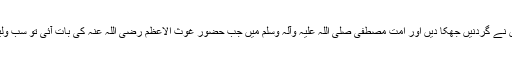
گویا نبوتِ مصطفیٰ صلی اللہ علیہ وآلہ وسلم کی بات آئی تو سب نبیوں نے گردنیں جھکا دیں اور اُمتِ مصطفیٰ صلی اللہ علیہ وآلہ وسلم میں جب حضور غوث الاعظم رضی اللہ عنہ کی بات آئی تو سب ولیوں نے گردنیں جھکا دیں وہ میثاق نبوت تھا اور یہ میثاقِ ولایت تھا۔